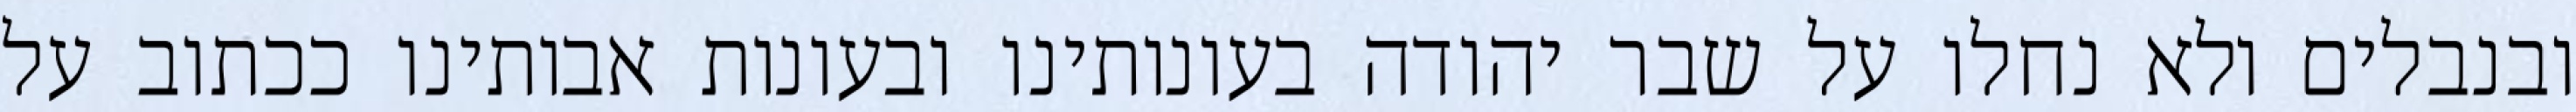
ובנבלים ולא נחלו על שבר יהודה בעונותינו ובעונות אבותינו ככתוב על